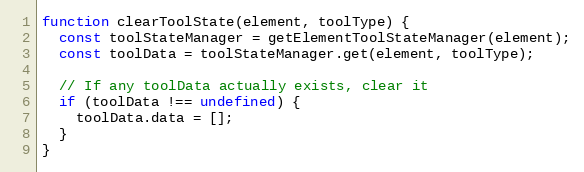
Language: JavaScript
function clearToolState(element, toolType) {
  const toolStateManager = getElementToolStateManager(element);
  const toolData = toolStateManager.get(element, toolType);

  // If any toolData actually exists, clear it
  if (toolData !== undefined) {
    toolData.data = [];
  }
}